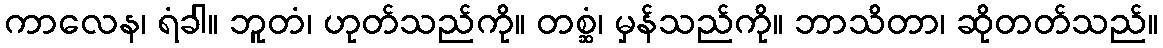
ကာလေန၊ ရံခါ။ ဘူတံ၊ ဟုတ်သည်ကို။ တစ္ဆံ၊ မှန်သည်ကို။ ဘာသိတာ၊ ဆိုတတ်သည်။